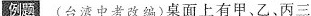
例题 (台湾中考改编)桌面上有甲、乙、丙三